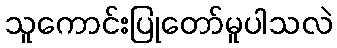
သူကောင်းပြုတော်မူပါသလဲ